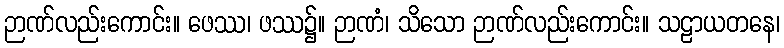
ဉာဏ်လည်းကောင်း။ ဖေဿ၊ ဖဿ၌။ ဉာဏံ၊ သိသော ဉာဏ်လည်းကောင်း။ သဠာယတနေ၊